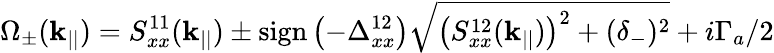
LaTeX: \Omega_{\pm}(\mathbf{k_{||}})={S}_{xx}^{11}(\mathbf{k_{||}})\pm\textrm{sign}\left(-\Delta_{xx}^{12}\right)\sqrt{\left({S}_{xx}^{12}(\mathbf{k_{||}})\right)^{2}+(\delta_{-})^{2}}+i\Gamma_{a}/2